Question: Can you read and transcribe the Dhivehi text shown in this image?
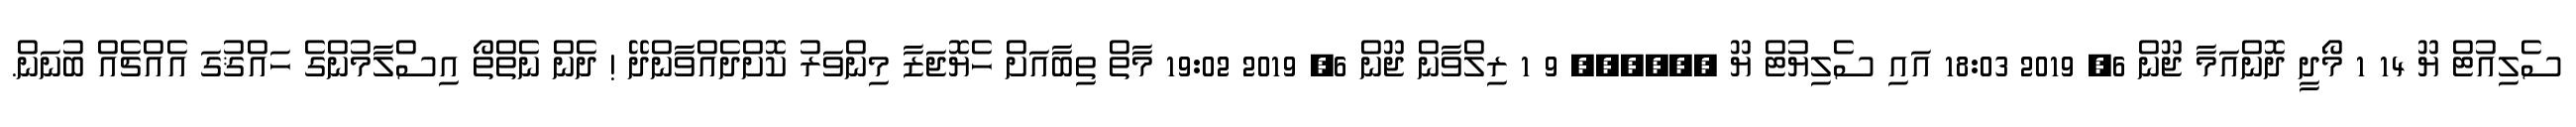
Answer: ސެލިއުޓް ޔޫ 14 1 މޯދީ ދޮންއަމާ ޖޫން 6, 2019 18:03 އައި ސެލިޔުޓް ޔޫ ?????? 9 1 ރިލްވާން ޖޫން 6, 2019 19:02 މާތް ތިބާއަށް ހެޔޮޖަޒާ މިންވަރު ކޮށްދެއްވާންދޭ ! ދެން ނެތްތޯ އިސްލާމުންގެ ހައްޤުގަ އެއްޗެއް ބުނަން.